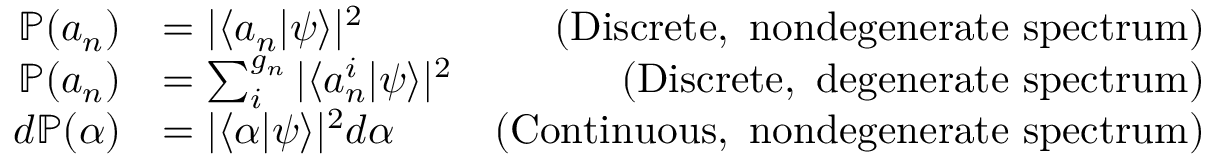
{ \begin{array} { r l r } { \mathbb { P } ( a _ { n } ) } & { = | \langle a _ { n } | \psi \rangle | ^ { 2 } } & { { \mathrm { ( D i s c r e t e , ~ n o n d e g e n e r a t e ~ s p e c t r u m ) } } } \\ { \mathbb { P } ( a _ { n } ) } & { = \sum _ { i } ^ { g _ { n } } | \langle a _ { n } ^ { i } | \psi \rangle | ^ { 2 } } & { { \mathrm { ( D i s c r e t e , ~ d e g e n e r a t e ~ s p e c t r u m ) } } } \\ { d \mathbb { P } ( \alpha ) } & { = | \langle \alpha | \psi \rangle | ^ { 2 } d \alpha } & { { \mathrm { ( C o n t i n u o u s , ~ n o n d e g e n e r a t e ~ s p e c t r u m ) } } } \end{array} }